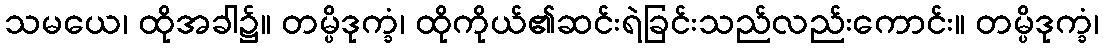
သမယေ၊ ထိုအခါ၌။ တမ္ပိဒုက္ခံ၊ ထိုကိုယ်၏ဆင်းရဲခြင်းသည်လည်းကောင်း။ တမ္ပိဒုက္ခံ၊